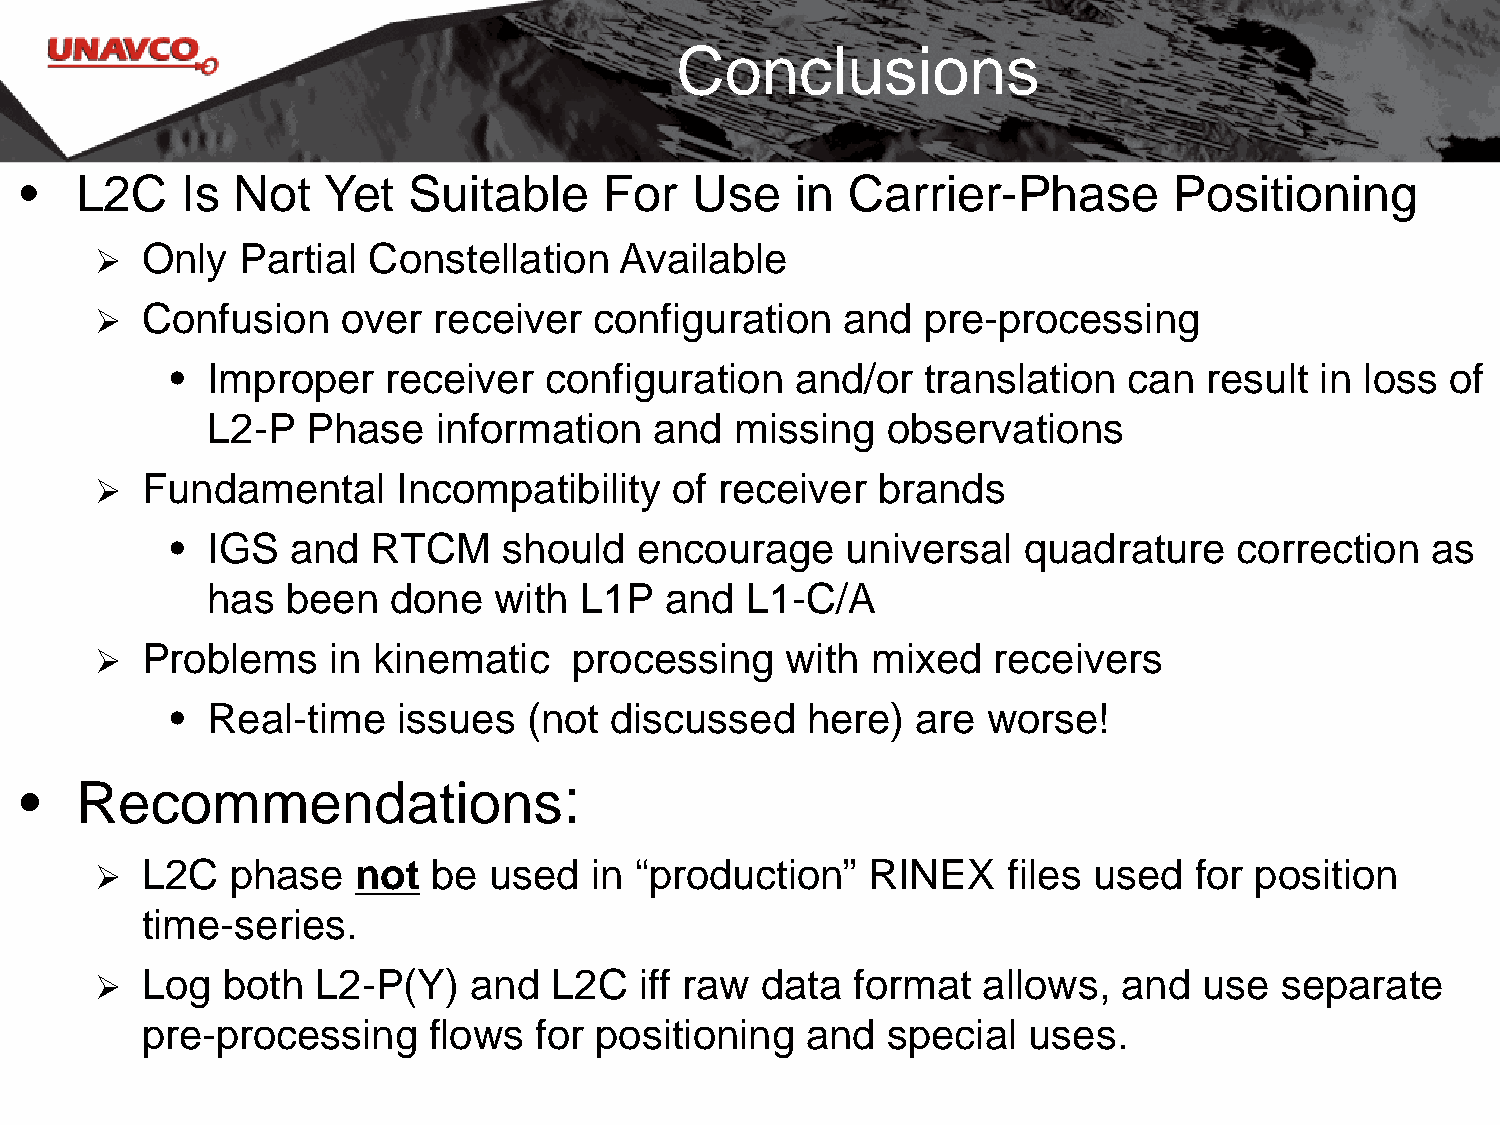
Conclusions
 •   L2C    Is  Not   Yet  Suitable     For   Use    in Carrier-Phase         Positioning
   Only   Partial Constellation    Available
   Confusion     over  receiver  configuration    and  pre-processing
 •  Improper   receiver   configuration    and/or  translation   can  result in loss  of
 L2-P  Phase    information   and   missing   observations
   Fundamental      Incompatibility   of  receiver  brands
 •  IGS  and   RTCM    should   encourage     universal   quadrature    correction   as
 has  been   done   with L1P   and  L1-C/A
   Problems     in kinematic    processing    with  mixed   receivers
 •  Real-time   issues   (not discussed    here)   are worse!
 •   Recommendations:
   L2C   phase   not   be used   in “production”   RINEX     files used  for position
 time-series.
   Log   both  L2-P(Y)   and  L2C   iff raw data  format   allows,  and   use  separate
 pre-processing     flows  for positioning   and   special  uses.